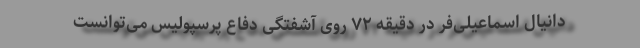
دانیال اسماعیلی‌فر در دقیقه ۷۲ روی آشفتگی دفاع پرسپولیس می‌توانست